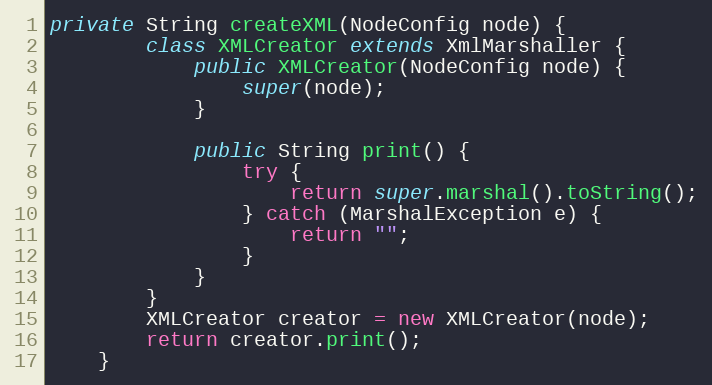
Language: Java
private String createXML(NodeConfig node) {
		class XMLCreator extends XmlMarshaller {
			public XMLCreator(NodeConfig node) {
				super(node);
			}

			public String print() {
				try {
					return super.marshal().toString();
				} catch (MarshalException e) {
					return "";
				}
			}
		}
		XMLCreator creator = new XMLCreator(node);
		return creator.print();
	}